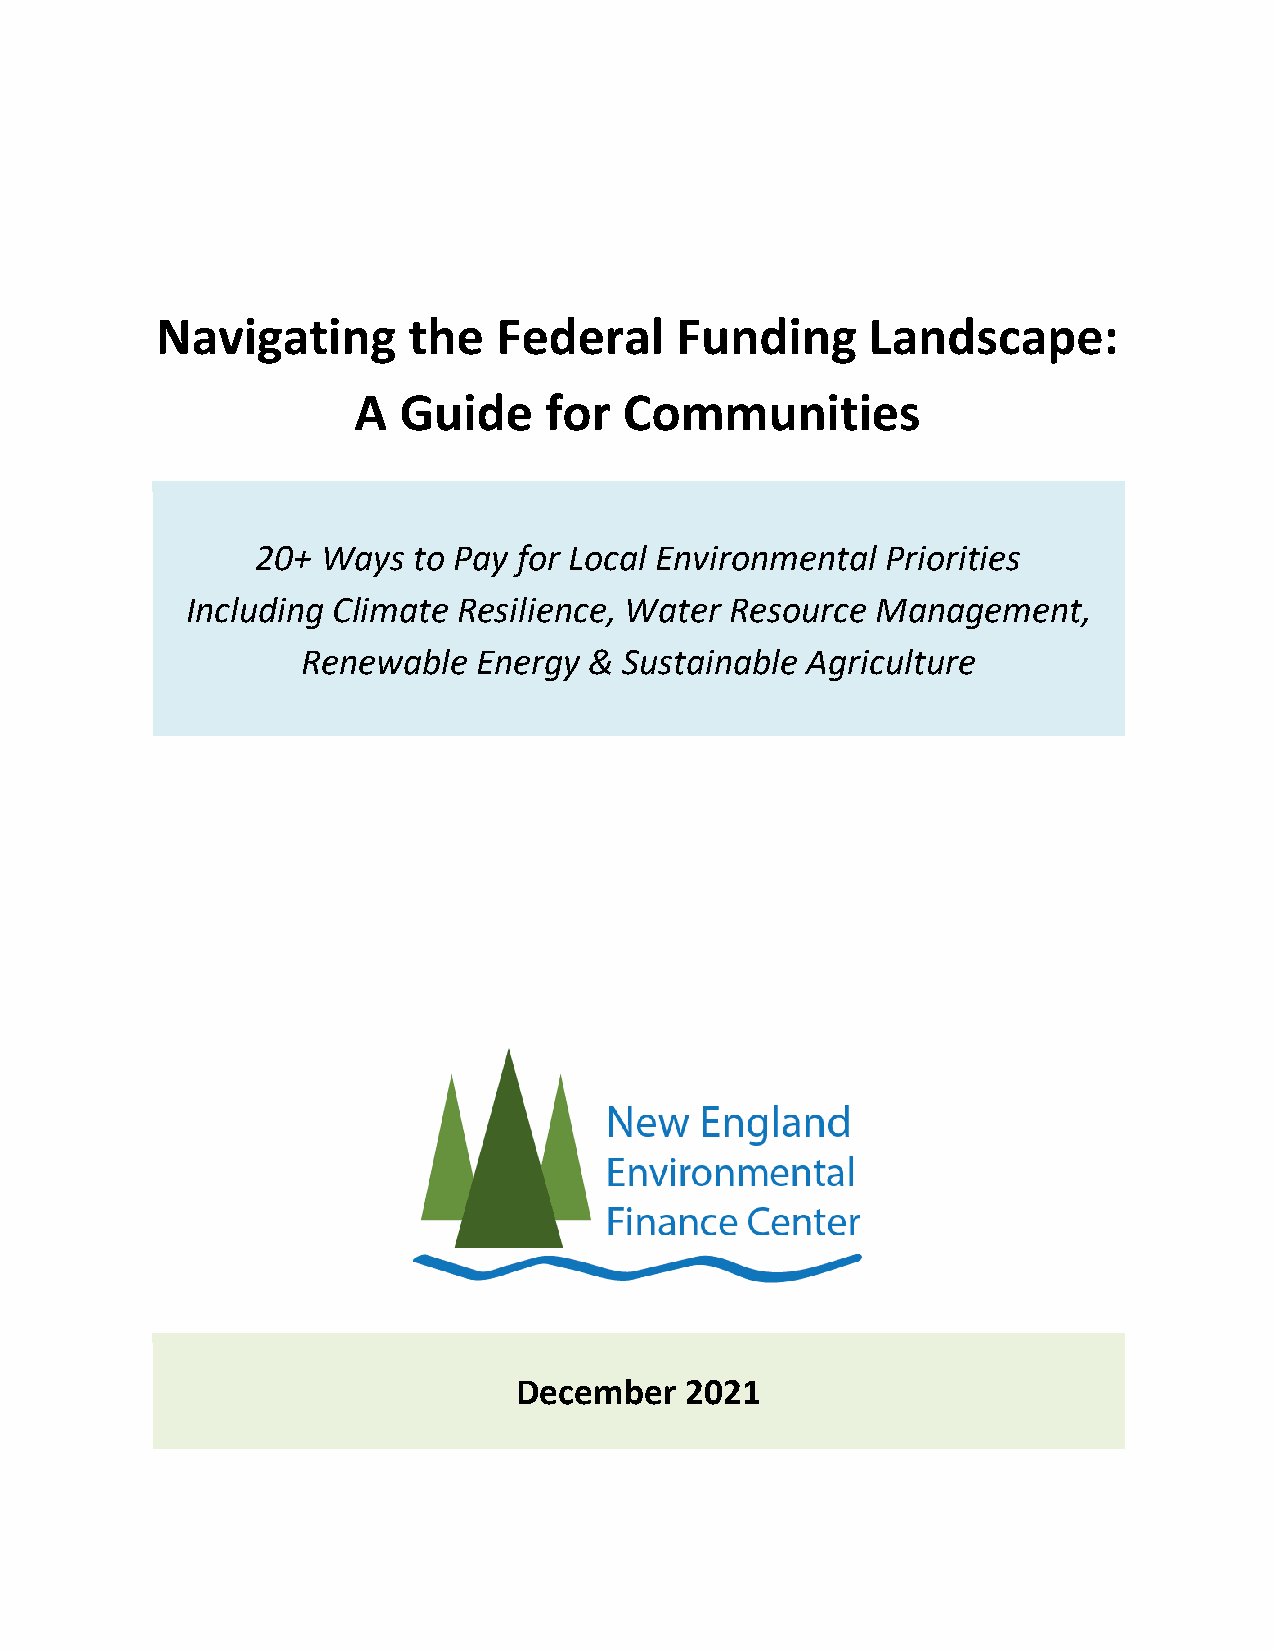
Navigating       the   Federal     Funding      Landscape:
 A  Guide     for  Communities
 20+ Ways  to Pay for Local Environmental  Priorities
 Including Climate Resilience, Water Resource  Management,
 Renewable   Energy & Sustainable Agriculture
 December   2021